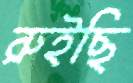
রুইছি